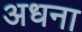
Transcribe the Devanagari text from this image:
अधना